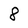
Character: 8